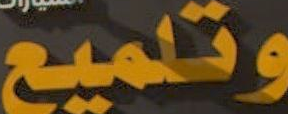
وتلميع